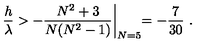
{ \frac { h } { \lambda } } > - { \frac { N ^ { 2 } + 3 } { N ( N ^ { 2 } - 1 ) } } \biggl | _ { N = 5 } = - { \frac { 7 } { 3 0 } } \ .